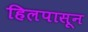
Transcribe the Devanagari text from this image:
हिलपासून